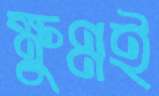
ক্ষুণ্নই